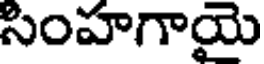
సింహగాయై